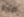
البرية